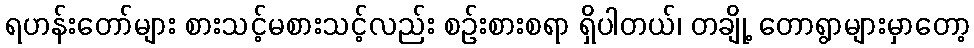
ရဟန်းတော်များ စားသင့်မစားသင့်လည်း စဉ်းစားစရာ ရှိပါတယ်၊ တချို့ တောရွာများမှာတော့